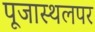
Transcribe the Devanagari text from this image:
पूजास्थलपर